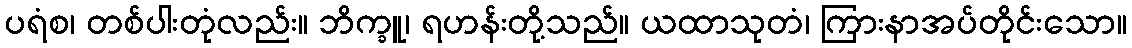
ပရံစ၊ တစ်ပါးတုံလည်း။ ဘိက္ခူ၊ ရဟန်းတို့သည်။ ယထာသုတံ၊ ကြားနာအပ်တိုင်းသော။